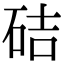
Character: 硈